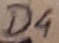
Text: D4